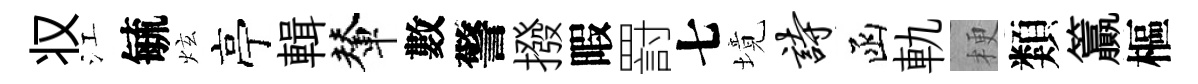
𠬧江毓炫亭輯輦數警撥暇罸七境诗函軌梗類籯樞